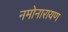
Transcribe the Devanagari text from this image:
नमोनारायण